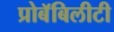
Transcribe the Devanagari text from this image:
प्रोबॅबिलीटी